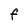
Character: F